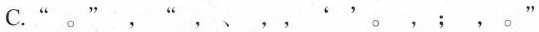
C.“。”，“，、，，''。，；，。”